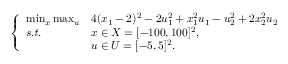
\left\{ \begin{array} { l l l } { \operatorname* { m i n } _ { x } \operatorname* { m a x } _ { u } } & { 4 ( x _ { 1 } - 2 ) ^ { 2 } - 2 u _ { 1 } ^ { 2 } + x _ { 1 } ^ { 2 } u _ { 1 } - u _ { 2 } ^ { 2 } + 2 x _ { 2 } ^ { 2 } u _ { 2 } } \\ { \mathit { s . t . } } & { x \in X = [ - 1 0 0 , 1 0 0 ] ^ { 2 } , } \\ & { u \in U = [ - 5 , 5 ] ^ { 2 } . } \end{array} \right.